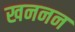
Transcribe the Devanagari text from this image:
खननन